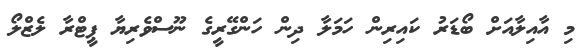
މި އާއިލާއަށް ބޯޑަރު ކައިރިން ހަމަލާ ދިން ހަންގޭރީގެ ނޫސްވެރިޔާ ޕީޓްރާ ލެޒްލޯ